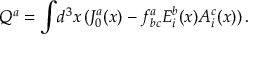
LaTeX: Q ^ { a } = \int \! d ^ { 3 } x \, ( J _ { 0 } ^ { a } ( x ) - f _ { b c } ^ { a } E _ { i } ^ { b } ( x ) A _ { i } ^ { c } ( x ) ) \, .